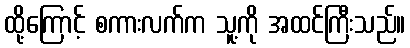
ထို့ကြောင့် စကားလက်က သူ့ကို အထင်ကြီးသည်။